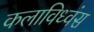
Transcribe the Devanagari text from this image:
कलाविध्वंस